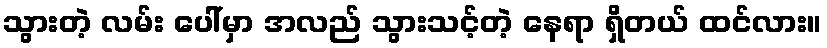
သွားတဲ့ လမ်း ပေါ်မှာ အလည် သွားသင့်တဲ့ နေရာ ရှိတယ် ထင်လား။